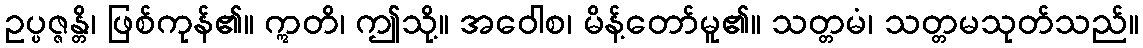
ဥပ္ပဇ္ဇန္တိ၊ ဖြစ်ကုန်၏။ ဣတိ၊ ဤသို့။ အဝေါစ၊ မိန့်တော်မူ၏။ သတ္တမံ၊ သတ္တမသုတ်သည်။